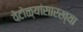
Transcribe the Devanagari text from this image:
वेटोळ्यांसारख्या